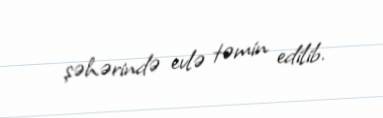
şəhərində evlə təmin edilib.